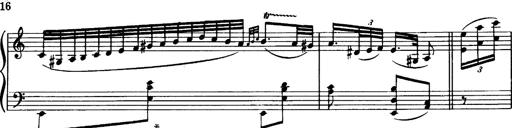
Title: Magyar dalok
Composer: Franz Liszt